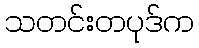
သတင်းတပုဒ်က